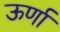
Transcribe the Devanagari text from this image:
ऊर्णा